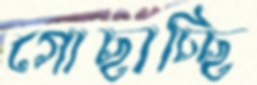
গোছাচ্ছি